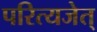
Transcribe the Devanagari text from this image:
परित्यजेत्